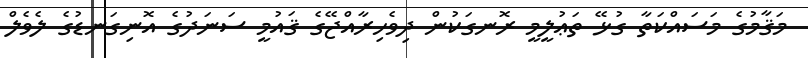
މަޤާމުގެ މަސައްކަތާ ގުޅޭ ތަޢުލީމީ ރޮނގަކުން ދިވެހިރާއްޖޭގެ ޤައުމީ ސަނަދުގެ އޮނިގަނޑުގެ ލެވެލް